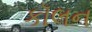
કૉલન